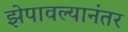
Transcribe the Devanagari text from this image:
झेपावल्यानंतर